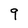
Character: 9